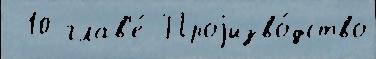
 10 глав'е́ Проjизво́дство